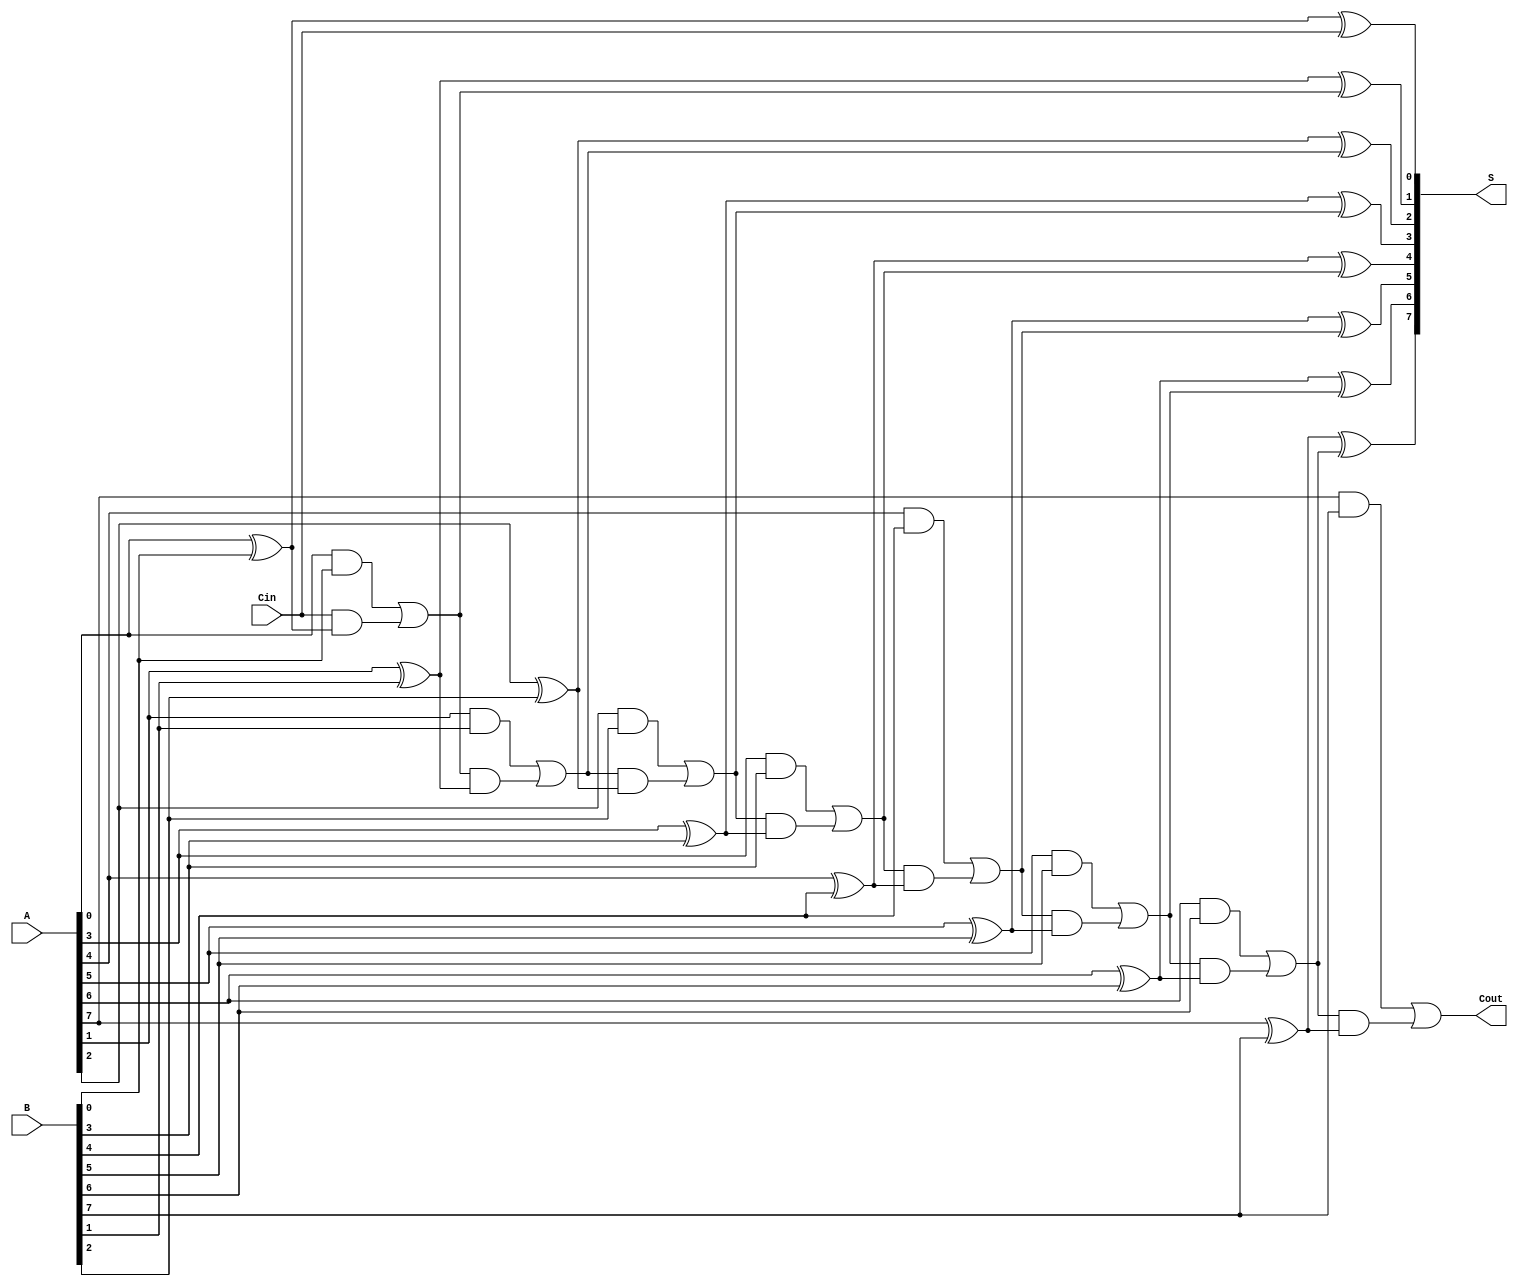
module PrecomputationCarryAdder #(parameter N = 8) (
    input  wire [N-1:0] A,       // First n-bit input
    input  wire [N-1:0] B,       // Second n-bit input
    input  wire Cin,              // Carry-in
    output wire [N-1:0] S,        // Sum output
    output wire Cout              // Carry-out
);

    wire [N:0] C;                // Carry signals, C[0] is Cin

    // Assign the first carry as Cin
    assign C[0] = Cin;

    // Generate carry values using the carry propagation logic
    genvar i;
    generate
        for (i = 0; i < N; i = i + 1) begin : carry_generation
            assign C[i+1] = (A[i] & B[i]) | (C[i] & (A[i] ^ B[i]));
        end
    endgenerate

    // Calculate the sum for each bit position
    generate
        for (i = 0; i < N; i = i + 1) begin : sum_calculation
            assign S[i] = A[i] ^ B[i] ^ C[i];
        end
    endgenerate

    // Assign the final carry-out
    assign Cout = C[N];

endmodule